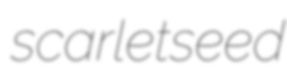
scarletseed